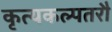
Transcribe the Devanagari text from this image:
कृत्यकल्पतरौ